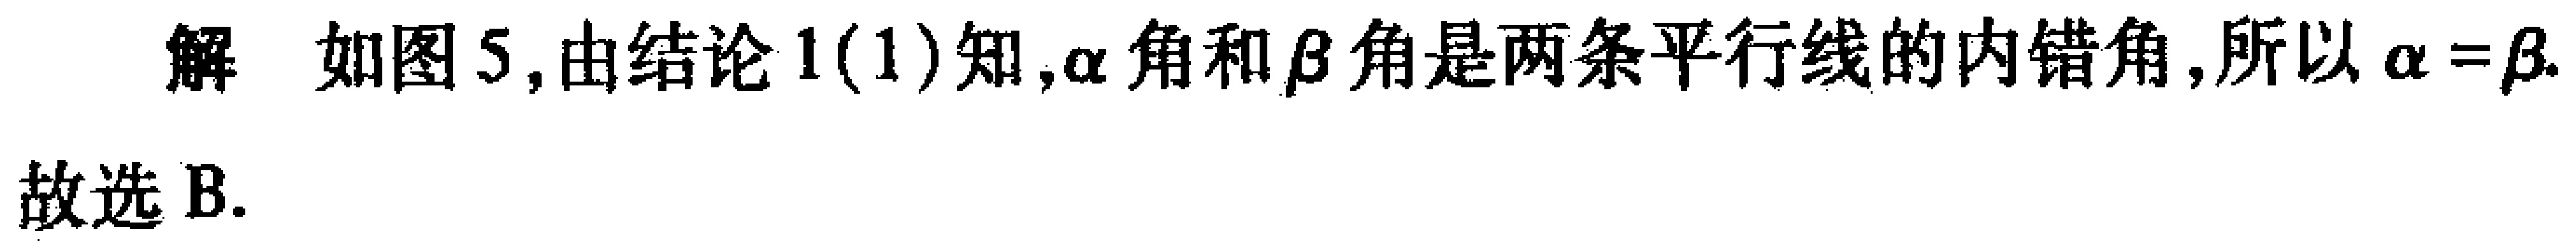
解 如图5,由结论1(1)知,$\alpha$角和$\beta$角是两条平行线的内错角,所以$\alpha = \beta$. 故选B.